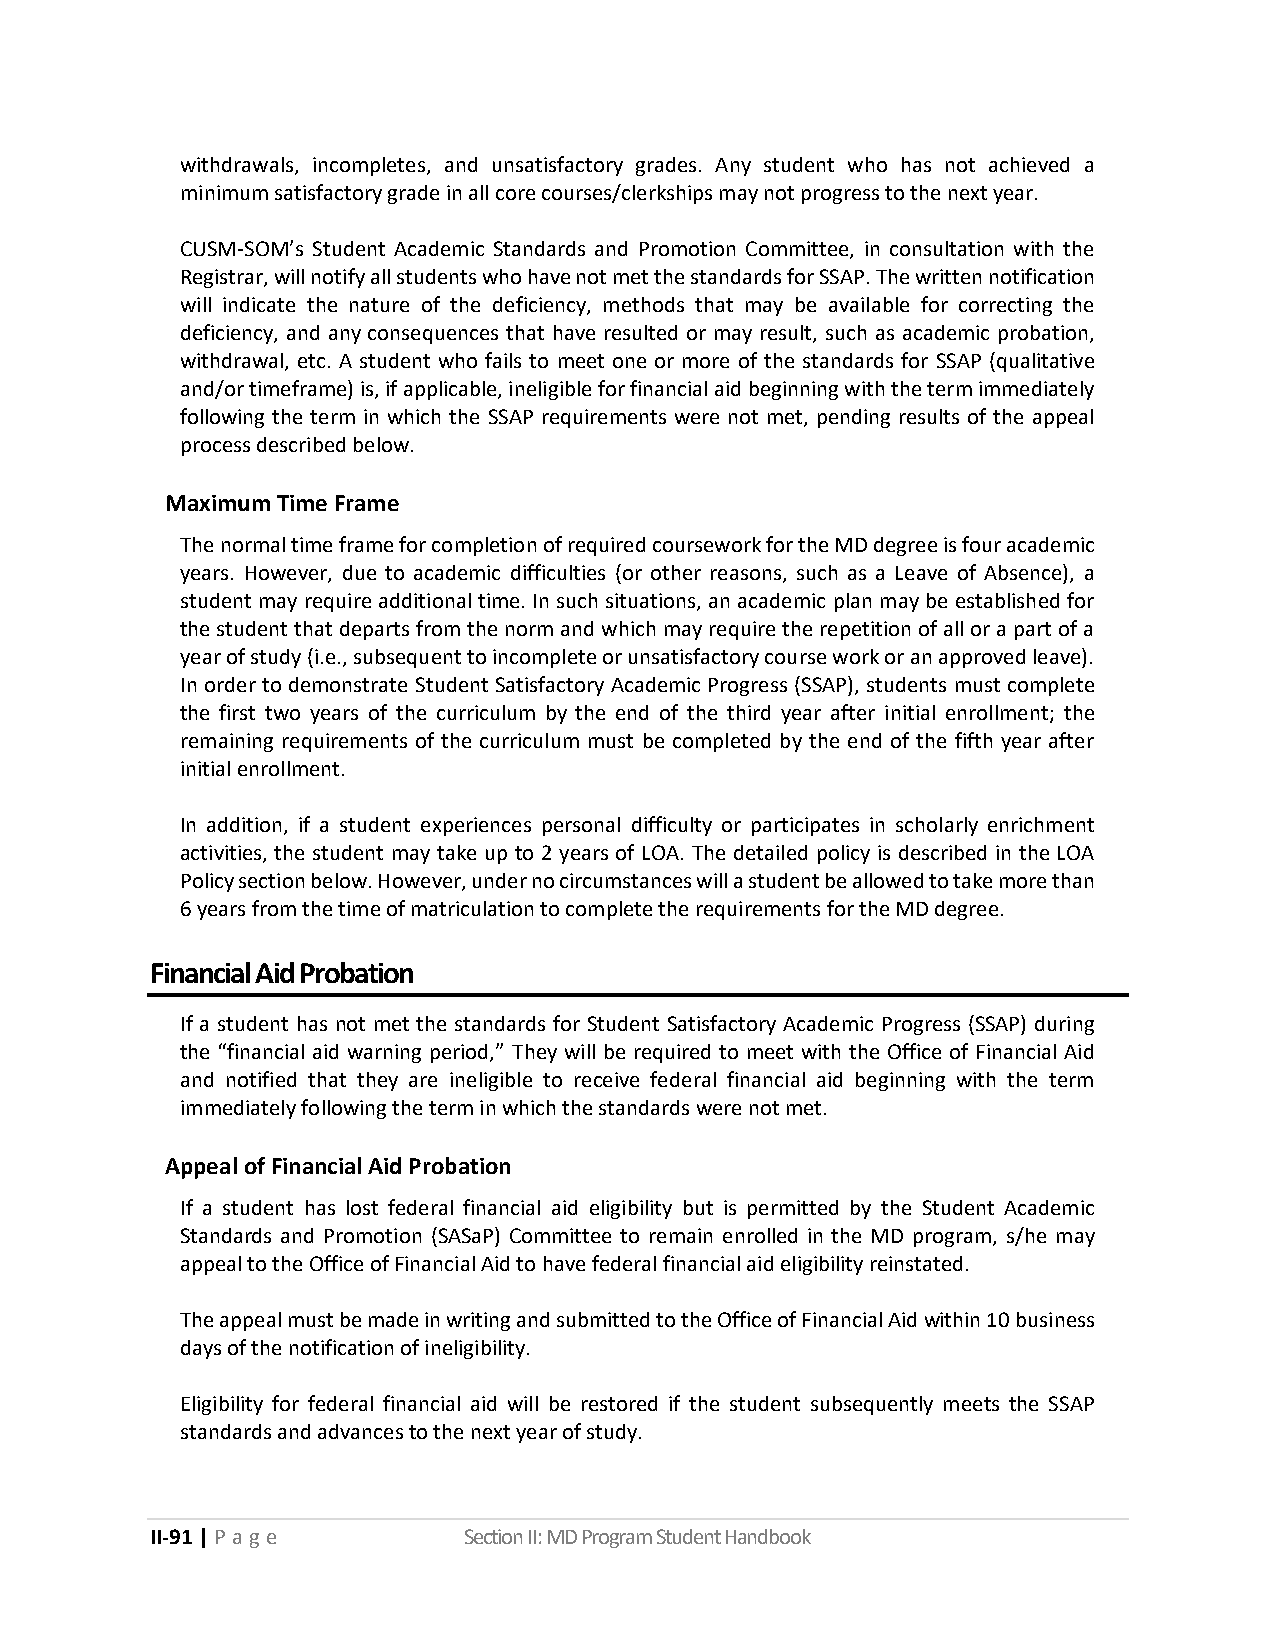
withdrawals, incompletes, and unsatisfactory grades. Any student who has not achieved a
 minimum satisfactory grade in all core courses/clerkships may not progress to the next year.
 CUSM-SOM’s Student Academic Standards and Promotion Committee, in consultation with the
 Registrar, will notify all students who have not met the standards for SSAP. The written notification
 will indicate the nature of the deficiency, methods that may be available for correcting the
 deficiency, and any consequences that have resulted or may result, such as academic probation,
 withdrawal, etc. A student who fails to meet one or more of the standards for SSAP (qualitative
 and/or timeframe) is, if applicable, ineligible for financial aid beginning with the term immediately
 following the term in which the SSAP requirements were not met, pending results of the appeal
 process described below.
 Maximum Time Frame
 The normal time frame for completion of required coursework for the MD degree is four academic
 years. However, due to academic difficulties (or other reasons, such as a Leave of Absence), a
 student may require additional time. In such situations, an academic plan may be established for
 the student that departs from the norm and which may require the repetition of all or a part of a
 year of study (i.e., subsequent to incomplete or unsatisfactory course work or an approved leave).
 In order to demonstrate Student Satisfactory Academic Progress (SSAP), students must complete
 the first two years of the curriculum by the end of the third year after initial enrollment; the
 remaining requirements of the curriculum must be completed by the end of the fifth year after
 initial enrollment.
 In addition, if a student experiences personal difficulty or participates in scholarly enrichment
 activities, the student may take up to 2 years of LOA. The detailed policy is described in the LOA
 Policy section below. However, under no circumstances will a student be allowed to take more than
 6 years from the time of matriculation to complete the requirements for the MD degree.
 Financial Aid Probation
 If a student has not met the standards for Student Satisfactory Academic Progress (SSAP) during
 the “financial aid warning period,” They will be required to meet with the Office of Financial Aid
 and notified that they are ineligible to receive federal financial aid beginning with the term
 immediately following the term in which the standards were not met.
 Appeal of Financial Aid Probation
 If a student has lost federal financial aid eligibility but is permitted by the Student Academic
 Standards and Promotion (SASaP) Committee to remain enrolled in the MD program, s/he may
 appeal to the Office of Financial Aid to have federal financial aid eligibility reinstated.
 The appeal must be made in writing and submitted to the Office of Financial Aid within 10 business
 days of the notification of ineligibility.
 Eligibility for federal financial aid will be restored if the student subsequently meets the SSAP
 standards and advances to the next year of study.
 II-91 | P a g e      Section II: MD Program Student Handbook